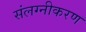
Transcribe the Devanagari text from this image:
संलग्नीकरण